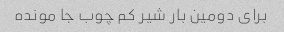
برای دومین بار شیر کم چوب جا مونده